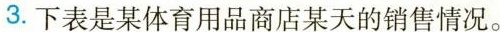
3.下表是某体育用品商店某天的销售情况。